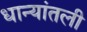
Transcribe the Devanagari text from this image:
धान्यांतली